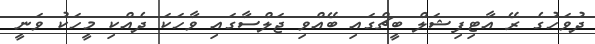
ދުވަހުގެ ރޭ އާޓިފިޝަލް ބީޗްގައި ބޭއްވި ޖަލްސާގައި ވާހަކަ ދެއްކި މީހަކު ވަނީ